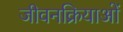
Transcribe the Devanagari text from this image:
जीवनक्रियाओं